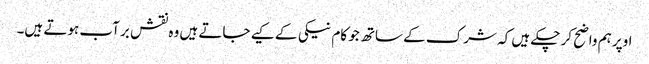
اوپر ہم واضح کر چکے ہیں کہ شرک کے ساتھ جو کام نیکی کے کیے جاتے ہیں وہ نقش بر آب ہوتے ہیں۔